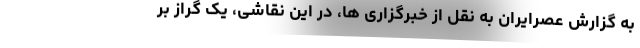
به گزارش عصرایران به نقل از خبرگزاری ها، در این نقاشی، یک گراز بر